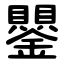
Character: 鑍